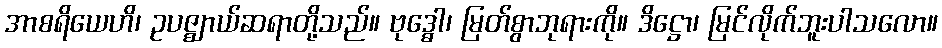
အာစရိယေဟိ၊ ဥပဇ္ဈာယ်ဆရာတို့သည်။ ဗုဒ္ဓေါ၊ မြတ်စွာဘုရားကို။ ဒိဋ္ဌော၊ မြင်လိုက်ဘူးပါသလော။